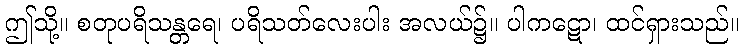
ဤသို့။ စတုပရိသန္တရေ၊ ပရိသတ်လေးပါး အလယ်၌။ ပါကဋော၊ ထင်ရှားသည်။